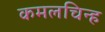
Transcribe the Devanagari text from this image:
कमलचिन्ह